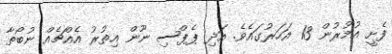
ފެށީ އުމުރުން 13 އަހަރުގައެވެ. އަދި ޕެޕްސި ނޫން އިތުރު އެއްޗެއް ނުބޯތާ